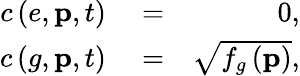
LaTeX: \begin{array}{rlr}{c\left(e,\mathbf{p},t\right)}&{{}=}&{0,}\\ {c\left(g,\mathbf{p},t\right)}&{{}=}&{\sqrt{f_{g}\left(\mathbf{p}\right)},}\end{array}